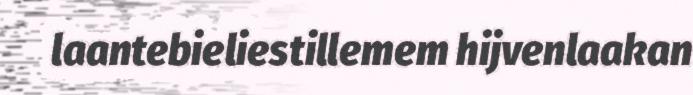
laantebieliestillemem hijvenlaakan